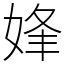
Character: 㛔